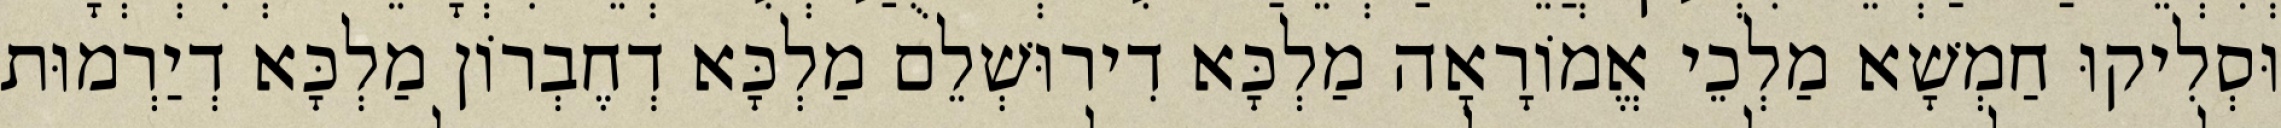
וּסְלִיקוּ חַמְשָׁא מַלְכֵי אֱמוֹרָאָה מַלְכָּא דִירוּשְׁלֵם מַלְכָּא דְחֶבְרוֹן מַלְכָּא דְיַרְמוּת